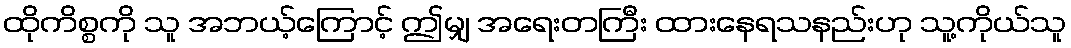
ထိုကိစ္စကို သူ အဘယ့်ကြောင့် ဤမျှ အရေးတကြီး ထားနေရသနည်းဟု သူ့ကိုယ်သူ